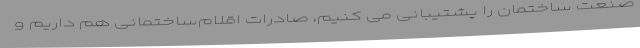
صنعت ساختمان را پشتیبانی می کنیم، صادرات اقلام‌ساختمانی هم داریم و